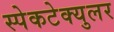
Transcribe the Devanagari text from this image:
स्पेकटेक्युलर